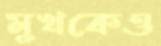
মুখকেও